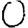
Digit: 0